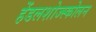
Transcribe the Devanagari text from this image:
हेंडलशोज्स्कोलन